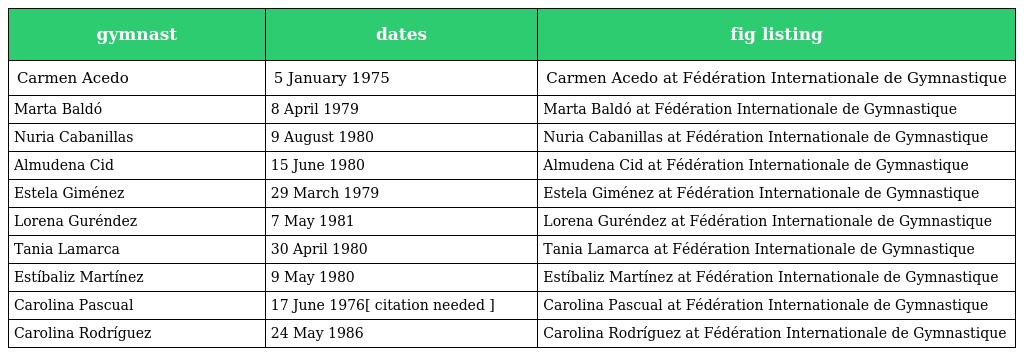
| gymnast | dates | fig listing |
 | --- | --- | --- |
 | Carmen Acedo | 5 January 1975 | Carmen Acedo at Fédération Internationale de Gymnastique |
 | Marta Baldó | 8 April 1979 | Marta Baldó at Fédération Internationale de Gymnastique |
 | Nuria Cabanillas | 9 August 1980 | Nuria Cabanillas at Fédération Internationale de Gymnastique |
 | Almudena Cid | 15 June 1980 | Almudena Cid at Fédération Internationale de Gymnastique |
 | Estela Giménez | 29 March 1979 | Estela Giménez at Fédération Internationale de Gymnastique |
 | Lorena Guréndez | 7 May 1981 | Lorena Guréndez at Fédération Internationale de Gymnastique |
 | Tania Lamarca | 30 April 1980 | Tania Lamarca at Fédération Internationale de Gymnastique |
 | Estíbaliz Martínez | 9 May 1980 | Estíbaliz Martínez at Fédération Internationale de Gymnastique |
 | Carolina Pascual | 17 June 1976[ citation needed ] | Carolina Pascual at Fédération Internationale de Gymnastique |
 | Carolina Rodríguez | 24 May 1986 | Carolina Rodríguez at Fédération Internationale de Gymnastique |